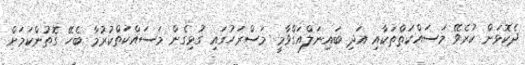
ދެކޮޅަށް ކުރެވޭ މަސައްކަތްތަކާއި އަދި ބައިނަލްއަގްވާމީ މަސްރަހުގައި ގުޅިގެން މަސައްކަތްކުރުމާ ބެހޭ ގޮތުންކަމަށް